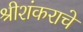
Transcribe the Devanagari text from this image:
श्रीशंकराचे